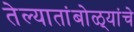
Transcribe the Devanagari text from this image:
तेल्यातांबोळ्यांचे